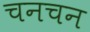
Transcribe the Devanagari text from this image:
चनचन